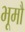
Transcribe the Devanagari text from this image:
भूमौ